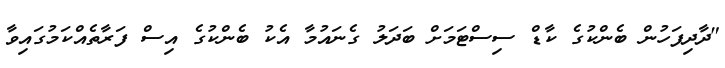
"ދާދިފަހުން ބެންކުގެ ކާޑް ސިސްޓަމަށް ބަދަލު ގެނައުމާ އެކު ބެންކުގެ އިސް ފަރާތެއްކަމުގައިވާ